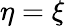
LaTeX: \eta=\xi